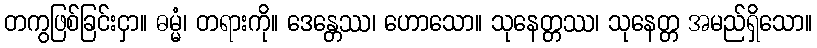
တကွဖြစ်ခြင်းငှာ။ ဓမ္မံ၊ တရားကို။ ဒေန္တေဿ၊ ဟောသော။ သုနေတ္တဿ၊ သုနေတ္တ အမည်ရှိသော။